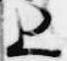
上